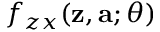
f _ { z x } ( \mathbf { z } , \mathbf { a } ; \theta )